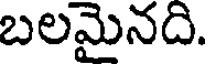
బలమైనది.